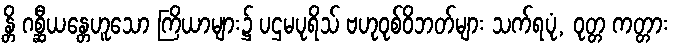
န္တိ ဂစ္ဆီယန္တေဟူသော ကြိယာများ၌ ပဌမပုရိသ် ဗဟုဝုစ်ဝိဘတ်များ သက်ရပုံ, ဝုတ္တ ကတ္တား